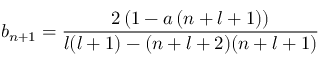
b _ { n + 1 } = \frac { 2 \left( 1 - a \left( n + l + 1 \right) \right) } { l ( l + 1 ) - ( n + l + 2 ) ( n + l + 1 ) }